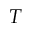
T